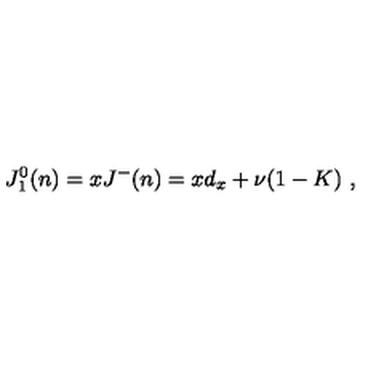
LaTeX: J _ { 1 } ^ { 0 } ( n ) = x J ^ { - } ( n ) = x d _ { x } + \nu ( 1 - K ) \ ,